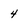
Character: 4